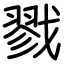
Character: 戮